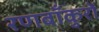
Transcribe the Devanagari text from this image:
रणबाँकुरों